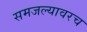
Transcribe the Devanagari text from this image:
समजल्यावरच